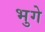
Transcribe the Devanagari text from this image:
भुगे